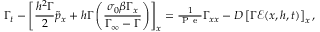
\Gamma _ { t } - \left[ \frac { h ^ { 2 } \Gamma } { 2 } \tilde { p } _ { x } + { h \Gamma } \left( \frac { \sigma _ { 0 } \beta \Gamma _ { x } } { \Gamma _ { \infty } - \Gamma } \right) \right] _ { x } = { \textstyle \frac { 1 } { \mathrm { ~ P ~ e ~ } } } \Gamma _ { x x } - D \left[ \Gamma \mathcal { E } ( x , h , t ) \right] _ { x } ,